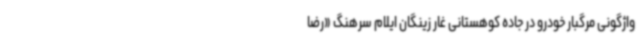
واژگونی مرگبار خودرو در جاده کوهستانی غار زینگان ایلام سرهنگ «رضا